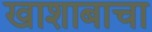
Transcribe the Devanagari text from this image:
खाशाबाचा